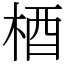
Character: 梄